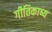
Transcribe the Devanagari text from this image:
गीतिकाष्य